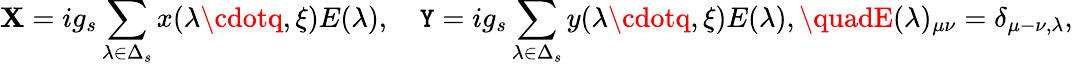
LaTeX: \mathbf{X}=ig_{s}\sum_{\lambda\in\Delta_{s}}x(\lambda\cdotq,\xi)E(\lambda),\quad\mathtt{Y}=ig_{s}\sum_{\lambda\in\Delta_{s}}y(\lambda\cdotq,\xi)E(\lambda),\quadE(\lambda)_{\mu\nu}=\delta_{\mu-\nu,\lambda},